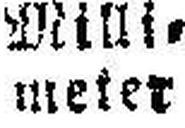
meter